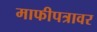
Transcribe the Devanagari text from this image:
माफीपत्रावर